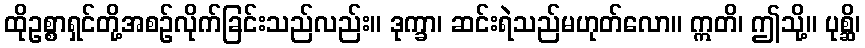
ထိုဥစ္စာရှင်တို့အစဉ်လိုက်ခြင်းသည်လည်း။ ဒုက္ခာ၊ ဆင်းရဲသည်မဟုတ်လော။ ဣတိ၊ ဤသို့။ ပုစ္ဆိ၊